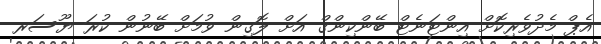
އެޕް މެދުވެރިކޮށް އިންޓަނެޓް ބޭންކިންގް އަށް ލޮގިން ވުމަށް ބޭނުން ކުރަ ޔޫސަރ